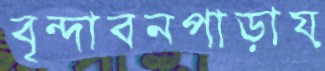
বৃন্দাবনপাড়ায়